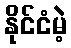
နိုင်ငံမဲ့